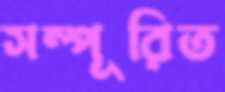
সম্পূরিত